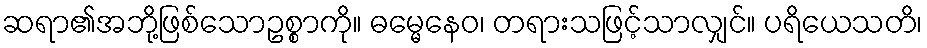
ဆရာ၏အဘို့ဖြစ်သောဥစ္စာကို။ ဓမ္မေနေဝ၊ တရားသဖြင့်သာလျှင်။ ပရိယေသတိ၊